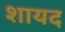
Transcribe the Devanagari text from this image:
शायद